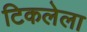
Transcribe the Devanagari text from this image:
टिकलेला